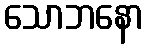
သောဘနော